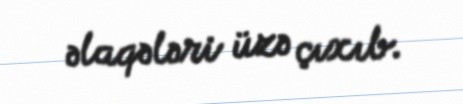
əlaqələri üzə çıxıb.